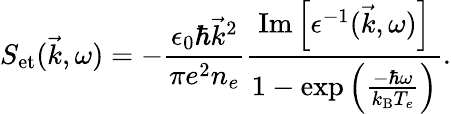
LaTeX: S_{\mathrm{et}}(\vec{k},\omega)=-\frac{\epsilon_{0}\hbar\vec{k}^{2}}{\pi e^{2}n_{e}}\frac{\operatorname{Im}\left[\epsilon^{-1}(\vec{k},\omega)\right]}{1-\exp\left(\frac{-\hbar\omega}{k_{\mathrm{B}}T_{e}}\right)}.